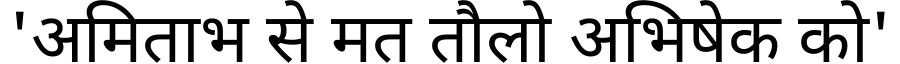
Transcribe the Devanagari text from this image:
'अमिताभ से मत तौलो अभिषेक को'